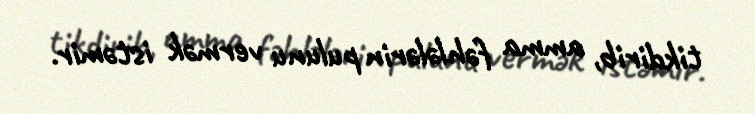
tikdirib, amma fəhlələrin pulunu vermək istəmir.